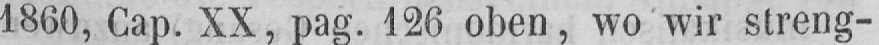
1860, Cap. XX, pag. 126 oben, wo wir streng-